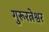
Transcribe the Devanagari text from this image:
गुरूरत्नेश्वर